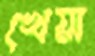
খেয়া